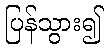
ပြန်သွား၍